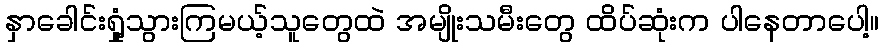
နှာခေါင်းရှုံ့သွားကြမယ့်သူတွေထဲ အမျိုးသမီးတွေ ထိပ်ဆုံးက ပါနေတာပေါ့။